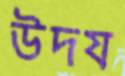
উদয